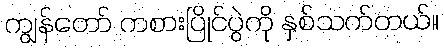
ကျွန်တော် ကစားပြိုင်ပွဲကို နှစ်သက်တယ်။